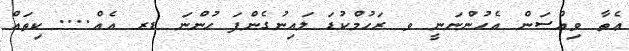
ޢެތާ ވިއްސަން އެހުންނަނީ ވ ރަހުމްކުޑަ ލައިނުގެންފަ ހުންނަ ޑރ އެއް.... ކިތައް